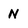
Character: N